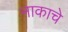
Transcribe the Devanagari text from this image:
नाकाचे